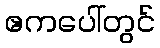
ဧကပေါ်တွင်